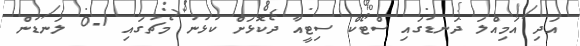
އަދި އަމިއްލަ ދަނޑުގައި ސްޓޯކް ސިޓީއާ ދެކޮޅަށް ކުޅުނު މެޗުގައި 1-0 ލަނޑުން